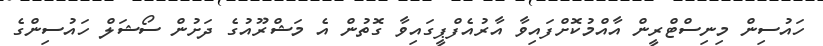
ހައުސިން މިނިސްޓްރީން އާއްމުކޮށްފައިވާ އާރުއެފްޕީގައިވާ ގޮތުން އެ މަޝްރޫއުގެ ދަށުން ސޯޝަލް ހައުސިންގެ